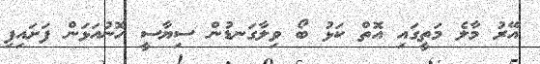
އޭރު މާލެ މަތީގައި އޮތް ކަޅު ބޯ ވިލާގަނޑުން ސިޔާސީ ހޮނުއަޅަން ފަށައިފި